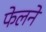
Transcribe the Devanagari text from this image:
फेलने